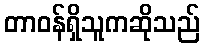
တာဝန်ရှိသူကဆိုသည်